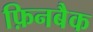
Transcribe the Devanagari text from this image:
फ़िनबैक